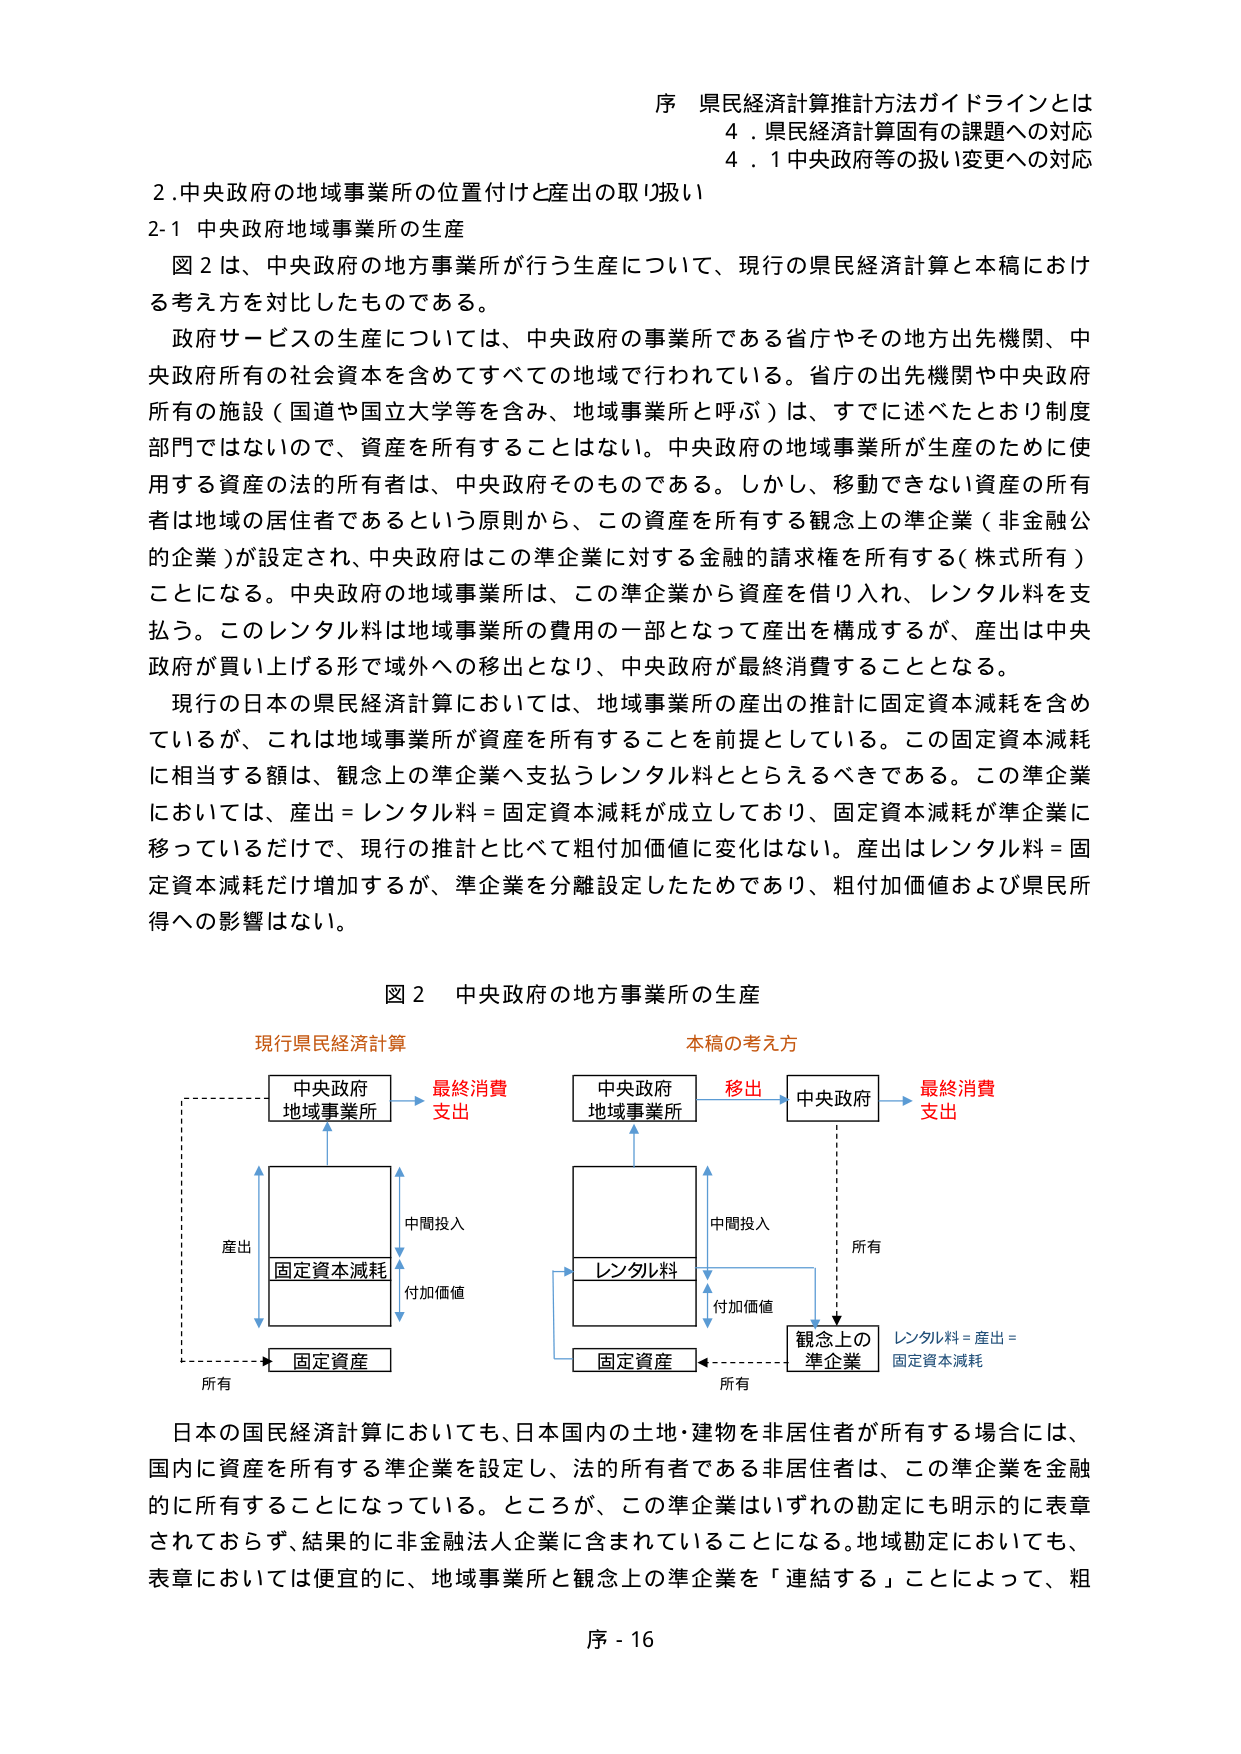
序 県民経済計算推計方法ガイドラインとは
4．県民経済計算固有の課題への対応
4．1 中央政府等の扱い変更への対応

2．中央政府の地域事業所の位置付けと産出の取り扱い
2-1 中央政府地域事業所の生産

図2は、中央政府の地方事業所が行う生産について、現行の県民経済計算と本稿における考え方を対比したものである。

政府サービスの生産については、中央政府の事業所である省庁やその地方出先機関、中央政府所有の社会資本を含めてすべての地域で行われている。省庁の出先機関や中央政府所有の施設（国道や国立大学等を含み、地域事業所と呼ぶ）は、すでに述べたとおり制度部門ではないので、資産を所有することはない。中央政府の地域事業所が生産のために使用する資産の法的所有者は、中央政府そのものである。しかし、移動できない資産の所有者は地域の居住者であるという原則から、この資産を所有する観念上の準企業（非金融公的企業）が設定され、中央政府はこの準企業に対する金融的請求権を所有する（株式所有）ことになる。中央政府の地域事業所は、この準企業から資産を借り入れ、レンタル料を支払う。このレンタル料は地域事業所の費用の一部となって産出を構成するが、産出は中央政府が買い上げる形で域外への移出となり、中央政府が最終消費することとなる。

現行の日本の県民経済計算においては、地域事業所の産出の推計に固定資本減耗を含めているが、これは地域事業所が資産を所有することを前提としている。この固定資本減耗に相当する額は、観念上の準企業へ支払うレンタル料ととらえるべきである。この準企業においては、産出＝レンタル料＝固定資本減耗が成立しており、固定資本減耗が準企業に移っているだけで、現行の推計と比べて粗付加価値に変化はない。産出はレンタル料＝固定資本減耗だけ増加するが、準企業を分離設定したためであり、粗付加価値および県民所得への影響はない。

図2 中央政府の地方事業所の生産

現行県民経済計算
中央政府
地域事業所
→ 最終消費
支出
↑
産出
↓
固定資本減耗
↓
固定資産
← 所有

中間投入
↓
付加価値

本稿の考え方
中央政府
地域事業所
→ 移出
→ 中央政府
→ 最終消費
支出
↑
中間投入
↓
レンタル料
↓
付加価値
↓
固定資産
← 所有
↓
観念上の
準企業
← 所有
レンタル料＝産出＝
固定資本減耗

日本の国民経済計算においても、日本国内の土地・建物を非居住者が所有する場合には、国内に資産を所有する準企業を設定し、法的所有者である非居住者は、この準企業を金融的に所有することになっている。ところが、この準企業はいずれの勘定にも明示的に表章されておらず、結果的に非金融法人企業に含まれていることになる。地域勘定においても、表章においては便宜的に、地域事業所と観念上の準企業を「連結する」ことによって、粗

序 - 16